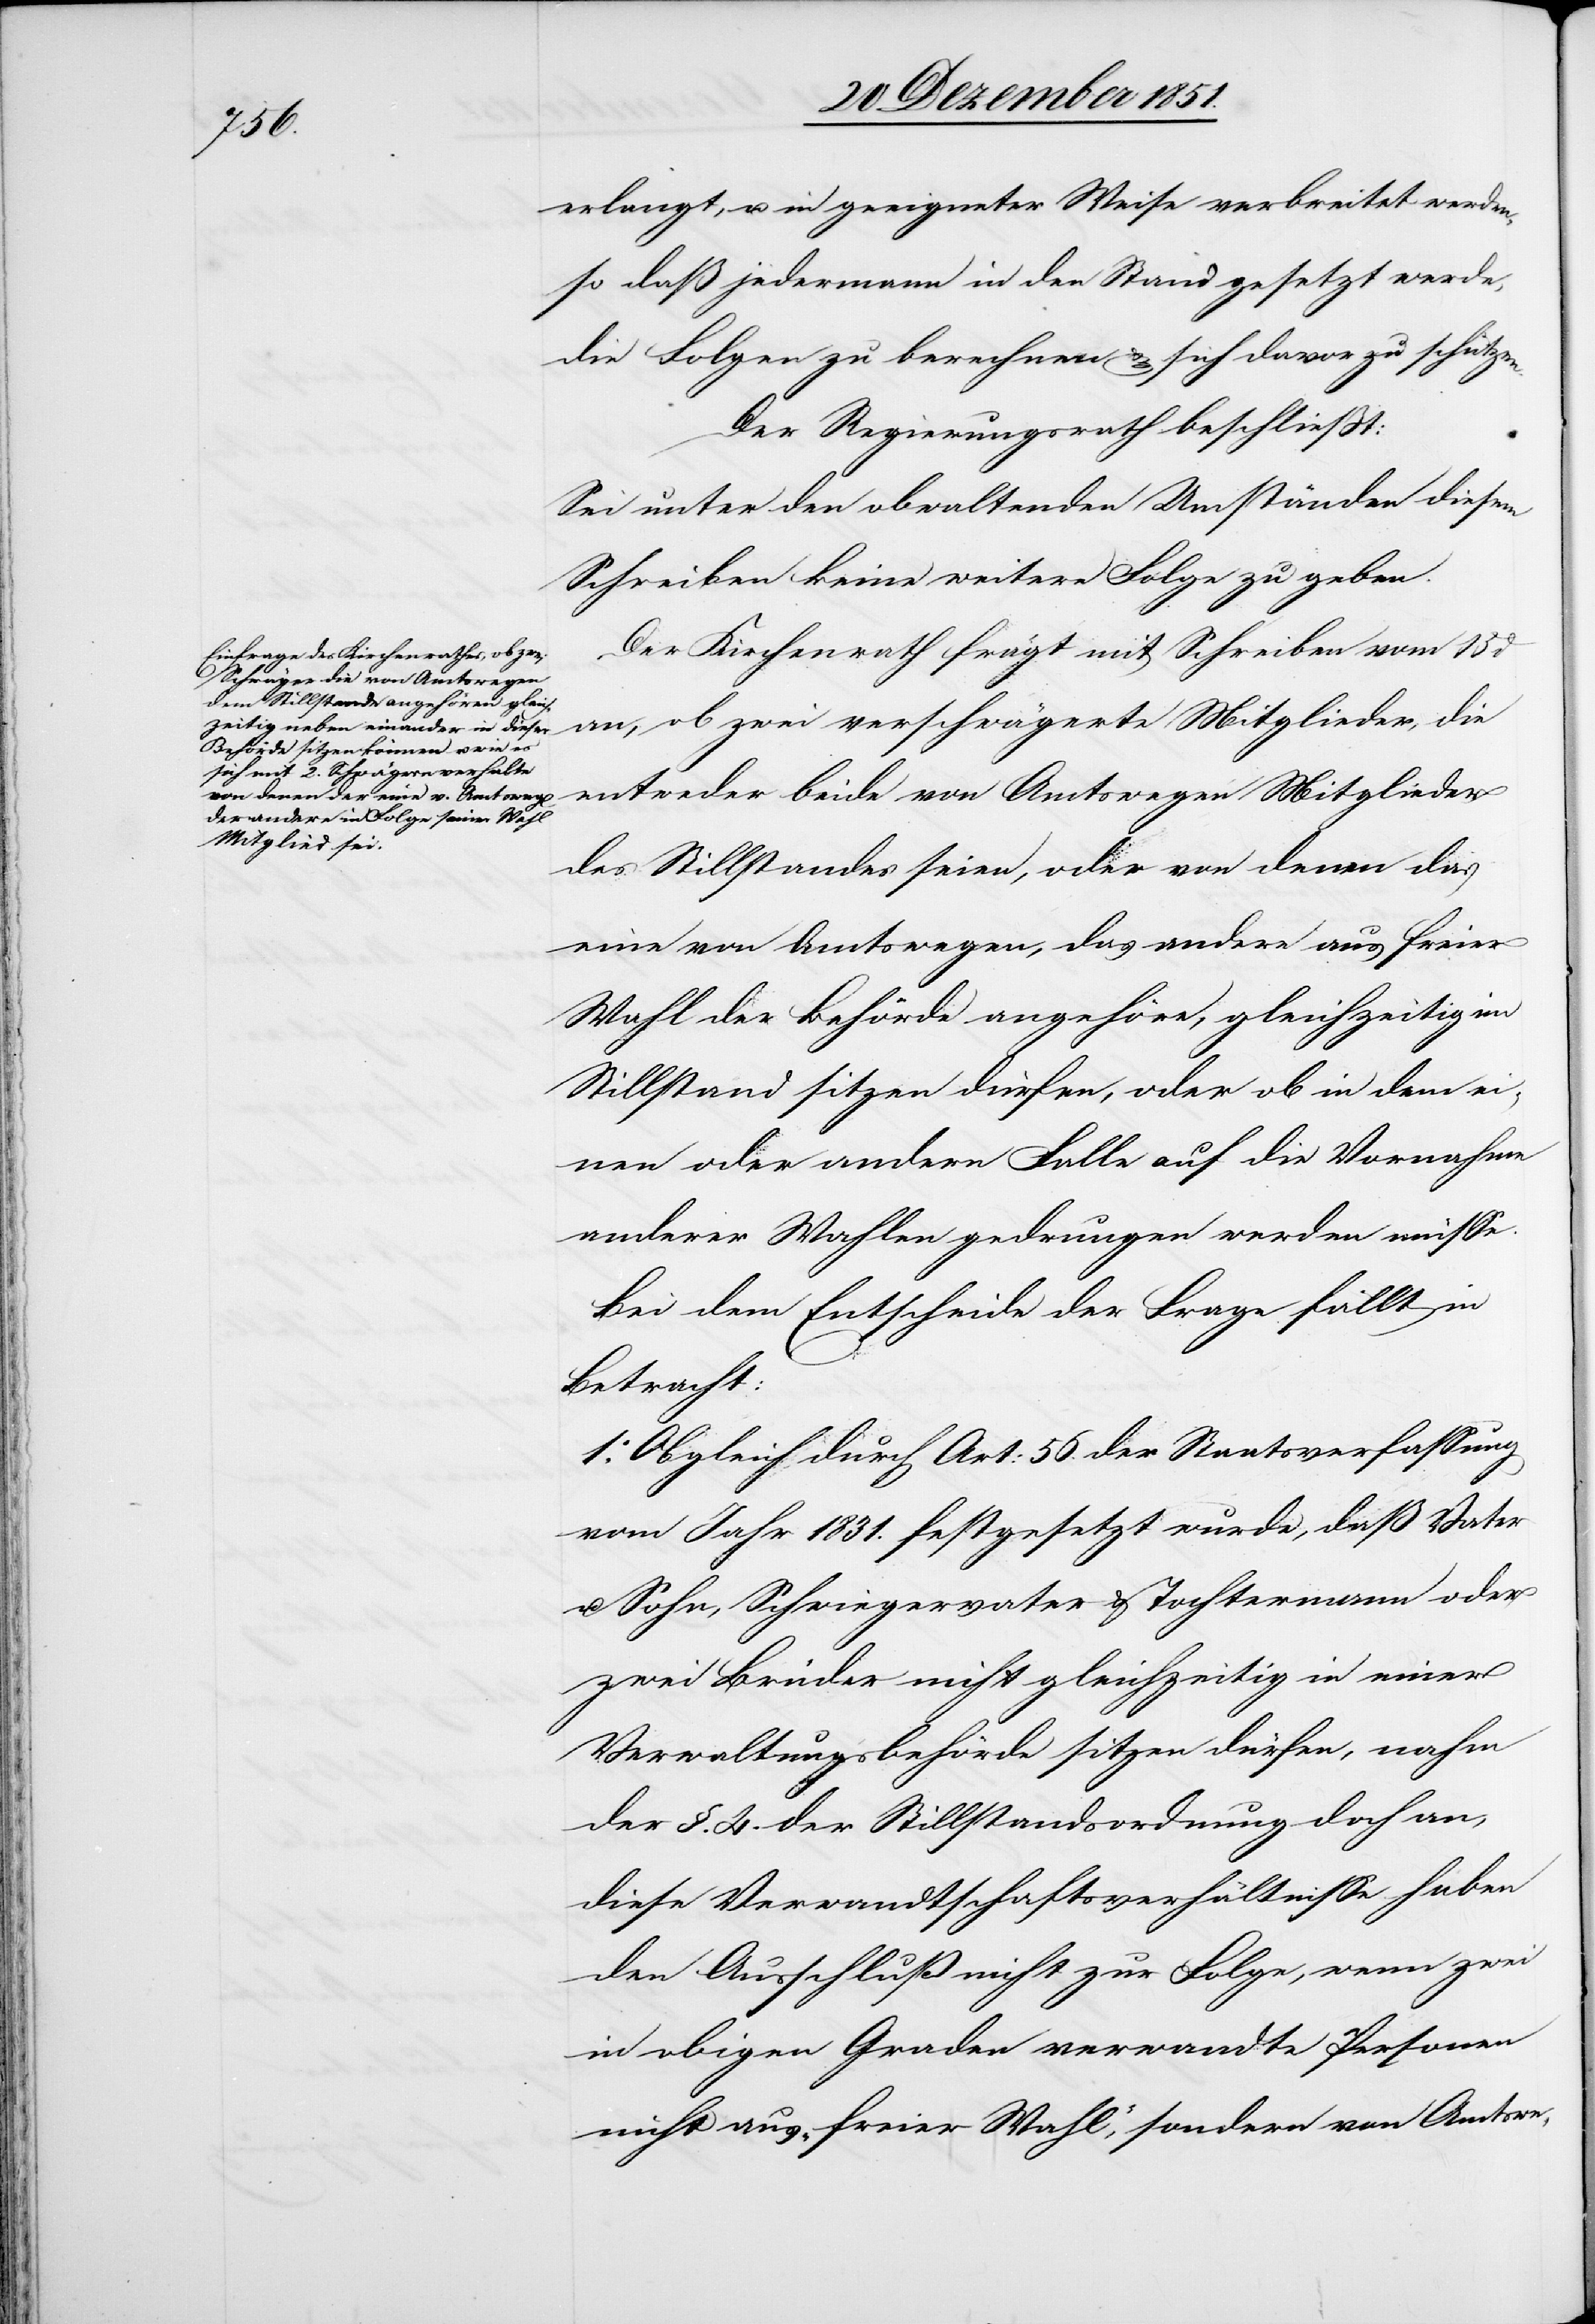
erlangt, u. in geeigneter Weise verbreitet werden,
so daß jedermann in den Stand gesetzt werde,
die Folgen zu berechnen & sich davor zu schützen.
Der Regierungsrath beschließt:
Sei unter den obwaltenden Umständen diesem
Schreiben keine weitere Folge zu geben.
Der Kirchenrath frägt mit Schreiben vom 13 d.
entweder beide von Amtswegen Mitglieder
Mitglieder, die
des Stillstandes seien, oder von denen das
eine von Amtswegen, das andere aus freier
Wahl der Behörde angehöre, gleichzeitig im
Stillstand sitzen dürfen, oder ob in dem ei¬
nen oder andern Falle auf die Vornahme
anderer Wahlen gedrungen werden müsse.
Bei dem Entscheide der Frage fällt in
Betracht:
1.o Obgleich durch Art: 56. der Staatsverfassung
vom Jahr 1831. festgesetzt wurde, daß Vater
u. Sohn, Schwiegervater & Tochtermann oder
zwei Brüder nicht gleichzeitig in einer
Verwaltungsbehörde sitzen dürfen, nahm
der §. 4. der Stillstandsordnung doch an,
diese Verwandtschaftsverhältnisse haben
den Ausschluß nicht zur Folge, wenn zwei
in obigen Graden verwandte Personen
nicht aus „freier Wahl“, sondern von Amtswe-